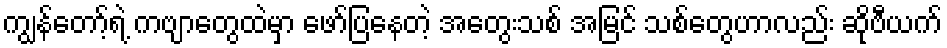
ကျွန်တော့်ရဲ့ ကဗျာတွေထဲမှာ ဖော်ပြနေတဲ့ အတွေးသစ် အမြင် သစ်တွေဟာလည်း ဆိုဗီယက်